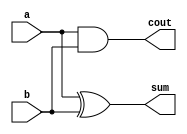
module half_adder(sum, cout, a, b);
  input a, b;
  output sum, cout;

  xor xor_g(sum, a, b);
  and and_g(cout, a, b);

endmodule